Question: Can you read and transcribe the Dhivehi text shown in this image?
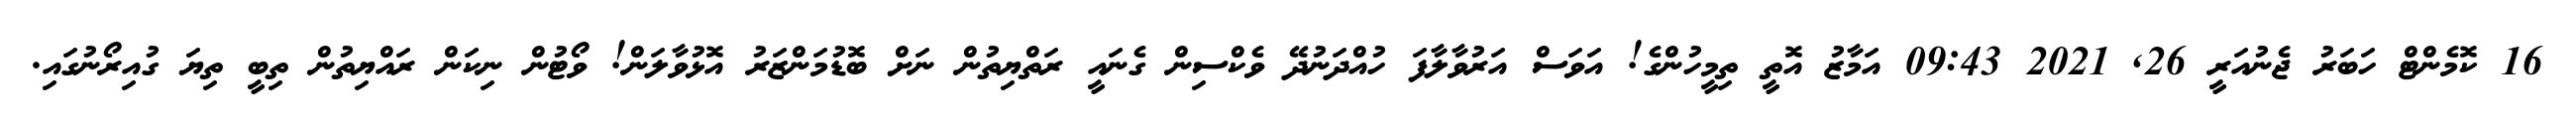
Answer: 16 ކޮމެންޓް ހަބަރު ޖެނުއަރީ 26, 2021 09:43 އަމާޒު އޮތީ ތިމީހުންގެ! އަވަސް އަރުވާލާފަ ހުއްދަނުދޭ ވެކްސިން ގެނައީ ރަތްޔިތުން ނަށް ބޮޑުމަންޒަރު އޮޅުވާލަން! ވޯޓުން ނިކަން ރައްޔިތުން ތިބީ ތިޔަ ގުއިރޯނުގައި.